King Institute of Preventive Medicine Micro-Biological Section reports 1909-11
Year: 1909
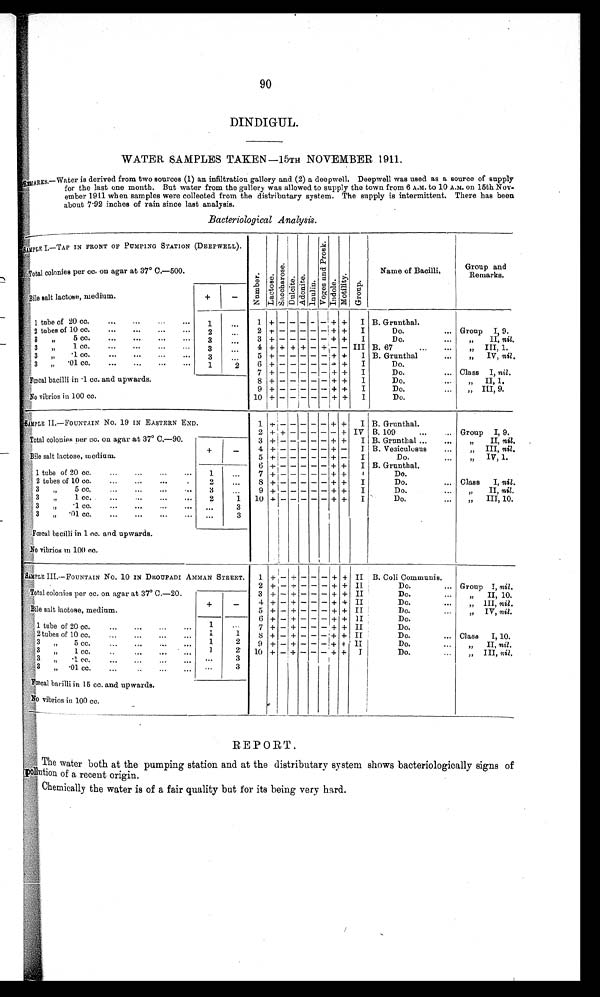
90
DINDIGUL.
WATER SAMPLES TAKEN—15TH NOVEMBER 1911.
REMARKS.—Water is derived from two sources (1) an infiltration gallery and (2) a deepwell. Deepwell was used as a source of supply
for the last one month. But water from the gallery was allowed to supply the town from 6 A.M. to 10 A.M. on 15th Nov
ember 1911 when samples were collected from the distributary system. The supply is intermittent. There has been
about 7·92 inches of rain since last analysis.
Bacteriological Analysis .
Bile salt lactose, medium.
+
−
1 tube of 20 cc.
1
1 + − − − − − + +
I B. Grunthal.
2 tubes of 10 cc.
2
2
+ − − − −
− + +
I
Do.
Group I, 9.
3 „ 5 cc.
3
3
+
− − − − −
+ +
I
Do.
„ II, nil.
3 „ 1 c
c.
3
4 + + + + − + − − III B. 67
„ III, 1.
3
„
·1
cc.
3
5
+
− − − − −
+ +
I B. Grunthal
„ IV, nil .
3 „ ·01 cc.
1
2
6
+
− − − − −
+
+
I
Do.
7
+
− − − − −
+ +
I
Do.
Class I, nil .
Fœcal bacilli in ·1 cc. and upwards.
8 +
− − − − −
+ +
I
Do.
„ II, 1.
9 + − − − − − + +
I
Do.
„ III, 9.
No vibrios in 100 cc.
10 + − − − − − + +
I
Do.
1
+
−
− − − −
+
+
I B. Grunthal.
2 + + − − − − −
+
IV B. 109
Group I, 9.
3
+ − − − − −
+ +
I B. Grunthal
„ II, nil.
4
+
− − − − −
+
−
I B. Vesiculosus
„ III, nil .
5 + − − − − −
+
−
I
Do.
„ IV, 1.
6
+ − − − − −
+
+
I B. Grunthal.
1 tube of 20 cc.
1
7
+
− − − − −
+
+
I
Do.
2 tubes of 10 cc.
2
8 + − − − − −
+
+
I
Do.
Class I, nil .
3 ,, 5 cc.
3
9
+
− − − − −
+
+
I
Do.
„ II, nil .
3 „ 1 cc.
2
1
10
+
− − − − −
+
+
I
Do.
„ III, 10.
3 „ ·1 cc.
3
3 „ ·1 cc.
3
Fœcal bacilli in 1 cc. and upwards.
No vibrios in 100 cc.
1 + − + − − − + + II B. Coli Communis.
2 + − + − − − + + II
Do.
Group I, nil .
Total colonies per cc. on agar at 37° C.—20.
3 + − + − − − + + II
Do.
„ II, 10.
4 + − + − − − + + II
Do.
„ III, nil .
Bile salt lactose, medium.
5 + − + − − − + + II
Do.
,, IV, nil .
1
6
+
−
+
− − −
+
+
I I
Do.
1 tube of 20 cc.
1 1
7 + − + − − − + + II
Do.
2 tubes of 10 cc.
1
2
8 + − + − − −
+ + II
Do.
Class I, 10.
3 „ 5 cc.
1
2
9 + − + − − −
+
+
II
Do.
„ II, nil .
3 „ 1 cc.
3
10 + − + − − −
+
+
I
Do.
„ III, nil .
3 „ ·1 cc.
3
3 „ ·01 cc.
Fœcal bacilli in 15 cc. and upwards.
No vibrios in 100 cc.
REPORT.
The water both at the pumping station and at the distributary system shows bacteriologically signs of
pollution of a recent origin.
Chemically the water is of a fair quality but for its being very hard.